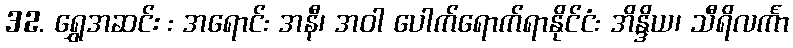
32. ရွှေအဆင်း : အရောင်: အနီ၊ အဝါ ပေါက်ရောက်ရာနိုင်ငံ: အိန္ဒိယ၊ သီရိလင်္ကာ